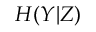
H ( Y | Z )